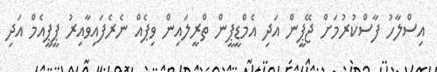
އިސްލާހު ފާސްކުރުމަށް ޖޭޕީން އަދި އެމްޑީޕީން ތްރީލައިން ވިޕެއް ނެރެފައިވާއިރު ޕީޕީއެމް އަދި